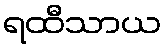
ရထီသာယ